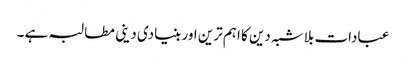
عبادات بلاشبہ دین کا اہم ترین اور بنیادی دینی مطالبہ ہے ۔